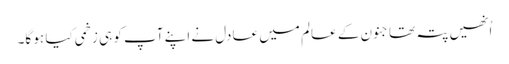
اُنھیں پتہ تھا جنون کے عالم میں عادل نے اپنے آپ کو ہی زخمی کیا ہو گا۔